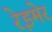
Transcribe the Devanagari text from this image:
रेइमेर